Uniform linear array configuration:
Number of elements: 48
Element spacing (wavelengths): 1
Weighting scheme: uniform
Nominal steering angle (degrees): -30
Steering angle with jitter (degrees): -29.306
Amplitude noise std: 0.05
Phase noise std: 0.05

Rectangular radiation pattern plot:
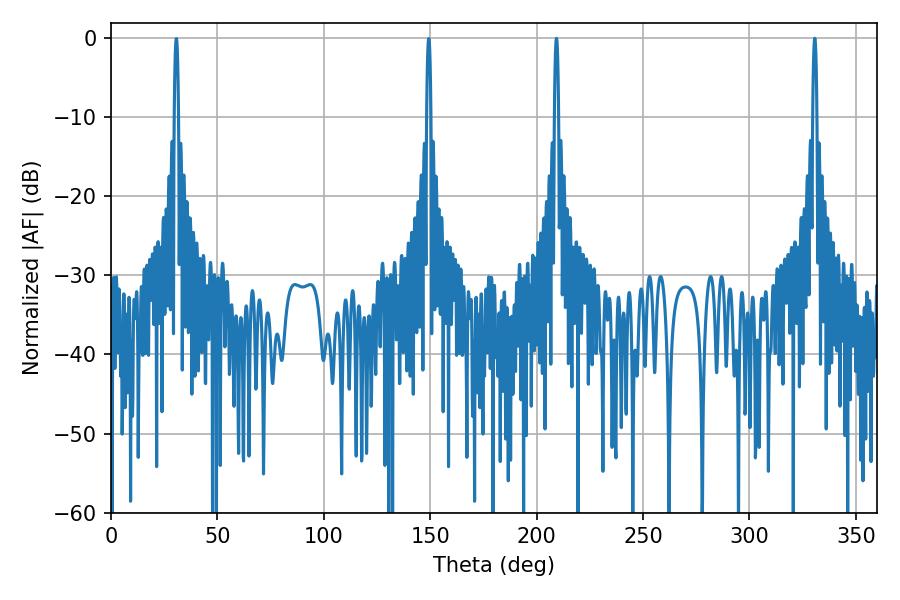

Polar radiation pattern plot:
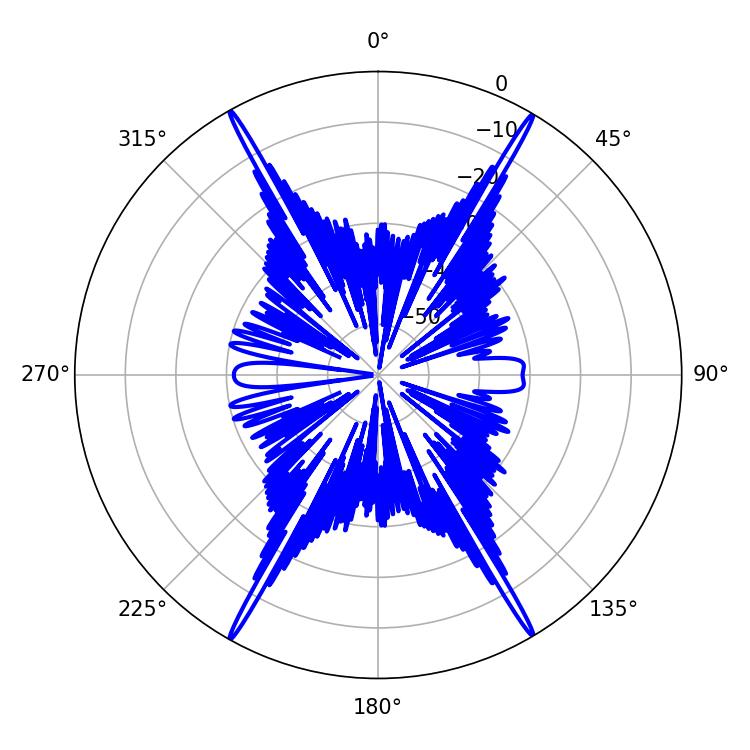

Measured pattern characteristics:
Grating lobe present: TRUE
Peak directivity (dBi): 31.947
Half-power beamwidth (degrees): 1.08
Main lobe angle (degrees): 330.66